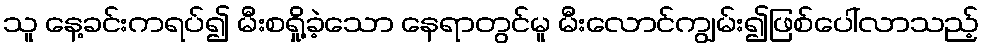
သူ နေ့ခင်းကရပ်၍ မီးစရှို့ခဲ့သော နေရာတွင်မူ မီးလောင်ကျွမ်း၍ဖြစ်ပေါ်လာသည့်